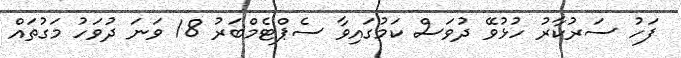
ފަހު ސަރުކާރު ހުޅުވޭ ދުވަސް ކަމުގައިވާ ސެޕްޓެމްބަރު 18 ވަނަ ދުވަހު މަގުތައް